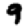
Digit: 9